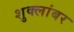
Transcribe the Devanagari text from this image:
शुक्लांबर